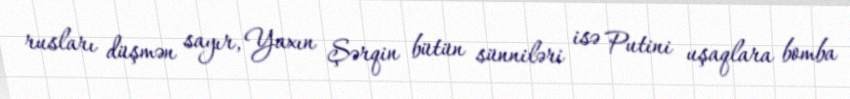
rusları düşmən sayır, Yaxın Şərqin bütün sünniləri isə Putini uşaqlara bomba